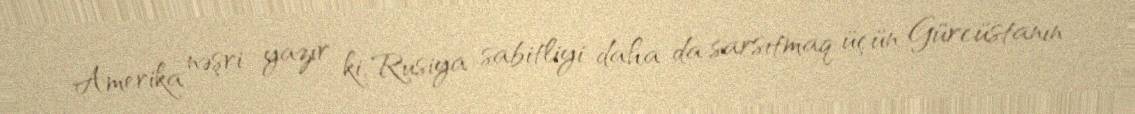
Amerika nəşri yazır ki, Rusiya sabitliyi daha da sarsıtmaq üçün Gürcüstanın